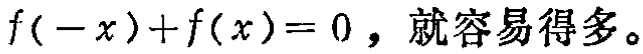
\(f(-x)+f(x)=0\)，就容易得多。